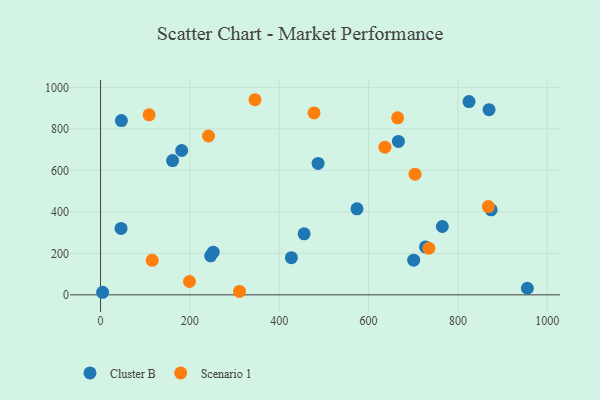
{"axis": {"x": "Distance", "y": "Profit"}, "legend": ["Cluster B", "Scenario 1"], "data": [{"x": "246.5", "y": 188.0, "type": "Cluster B"}, {"x": "487.0", "y": 633.8, "type": "Cluster B"}, {"x": "727.5", "y": 230.8, "type": "Cluster B"}, {"x": "824.9", "y": 932.0, "type": "Cluster B"}, {"x": "45.9", "y": 320.4, "type": "Cluster B"}, {"x": "869.7", "y": 892.8, "type": "Cluster B"}, {"x": "46.7", "y": 840.1, "type": "Cluster B"}, {"x": "161.3", "y": 647.2, "type": "Cluster B"}, {"x": "955.5", "y": 31.7, "type": "Cluster B"}, {"x": "765.1", "y": 329.4, "type": "Cluster B"}, {"x": "574.1", "y": 414.6, "type": "Cluster B"}, {"x": "427.3", "y": 179.0, "type": "Cluster B"}, {"x": "252.2", "y": 205.5, "type": "Cluster B"}, {"x": "701.0", "y": 167.3, "type": "Cluster B"}, {"x": "666.8", "y": 739.6, "type": "Cluster B"}, {"x": "181.7", "y": 695.8, "type": "Cluster B"}, {"x": "4.7", "y": 12.4, "type": "Cluster B"}, {"x": "874.4", "y": 410.0, "type": "Cluster B"}, {"x": "455.8", "y": 294.4, "type": "Cluster B"}, {"x": "199.1", "y": 64.3, "type": "Scenario 1"}, {"x": "345.8", "y": 940.7, "type": "Scenario 1"}, {"x": "665.1", "y": 853.3, "type": "Scenario 1"}, {"x": "735.1", "y": 224.6, "type": "Scenario 1"}, {"x": "241.7", "y": 765.7, "type": "Scenario 1"}, {"x": "478.0", "y": 876.9, "type": "Scenario 1"}, {"x": "636.6", "y": 711.8, "type": "Scenario 1"}, {"x": "311.1", "y": 16.3, "type": "Scenario 1"}, {"x": "868.1", "y": 425.4, "type": "Scenario 1"}, {"x": "704.0", "y": 581.9, "type": "Scenario 1"}, {"x": "108.8", "y": 868.1, "type": "Scenario 1"}, {"x": "115.7", "y": 166.3, "type": "Scenario 1"}]}